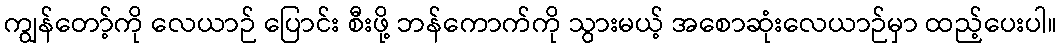
ကျွန်တော့်ကို လေယာဉ် ပြောင်း စီးဖို့ ဘန်ကောက်ကို သွားမယ့် အစောဆုံးလေယာဉ်မှာ ထည့်ပေးပါ။